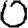
Digit: 0